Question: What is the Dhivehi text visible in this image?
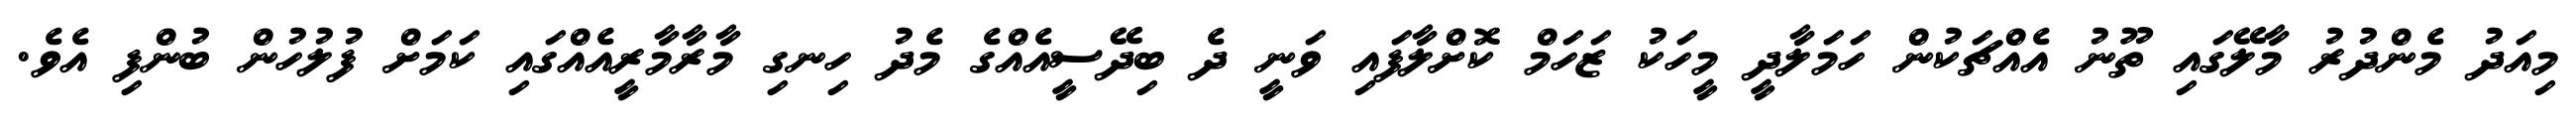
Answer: މިއަދު މެންދުރު މާލޭގައި ތޫނު އެއްޗަކުން ހަމަލާދީ މީހަކު ޒަހަމް ކޮށްލާފައި ވަނީ ދެ ބިދޭސީއެއްގެ މެދު ހިނގި މާރާމާރީއެއްގައި ކަމަށް ފުލުހުން ބުންފި އެވެ.